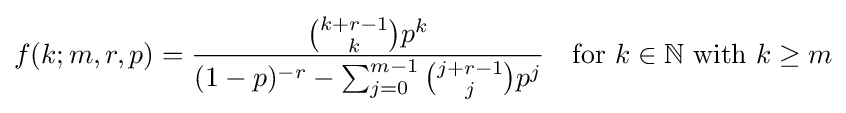
f(k;m,r,p)={\frac {{k+r-1 \choose k}p^{k}}{(1-p)^{-r}-\sum _{j=0}^{m-1}{j+r-1 \choose j}p^{j}}}\quad {\text{for }}k\in {\mathbb {N} }{\text{ with }}k\geq m